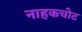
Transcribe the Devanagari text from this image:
नाहकचोट